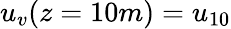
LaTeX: u_{v}(z=10m)=u_{10}